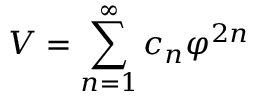
{ \cal V } = \sum _ { n = 1 } ^ { \infty } c _ { n } \varphi ^ { 2 n }